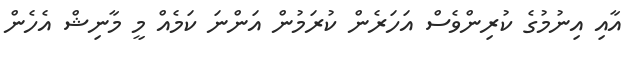
އާއި އިނުމުގެ ކުރިންވެސް އަހަރެން ކުރަމުން އަންނަ ކަމެއް މީ މާނިޝް އެހެން